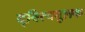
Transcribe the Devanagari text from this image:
द्‍वित्वमूलक